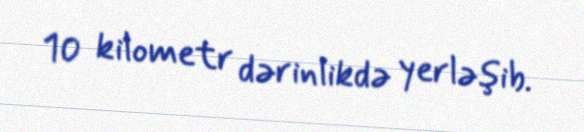
10 kilometr dərinlikdə yerləşib.